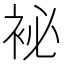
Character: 袐